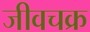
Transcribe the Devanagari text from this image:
जीवचक्र